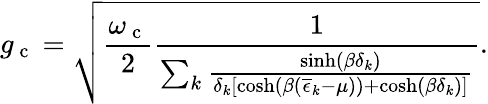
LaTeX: g_{\mathrm{~c~}}=\sqrt{\frac{\omega_{\mathrm{~c~}}}{2}\frac{1}{\sum_{k}\frac{\sinh\left(\beta\delta_{k}\right)}{\delta_{k}\left[\cosh\left(\beta\left(\overline{{\epsilon}}_{k}-\mu\right)\right)+\cosh\left(\beta\delta_{k}\right)\right]}}}.